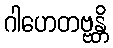
ဂါဟေတဗ္ဗန္တိ